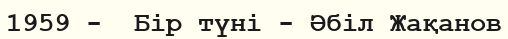
1959 -  Бір түні - Әбіл Жақанов